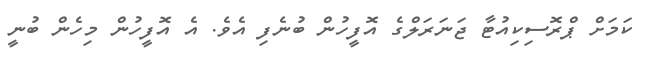
ކަމަށް ޕްރޮސިކިއުޓާ ޖަނަރަލްގެ އޮފީހުން ބުނެފި އެވެ. އެ އޮފީހުން މިހެން ބުނީ